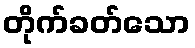
တိုက်ခတ်သော